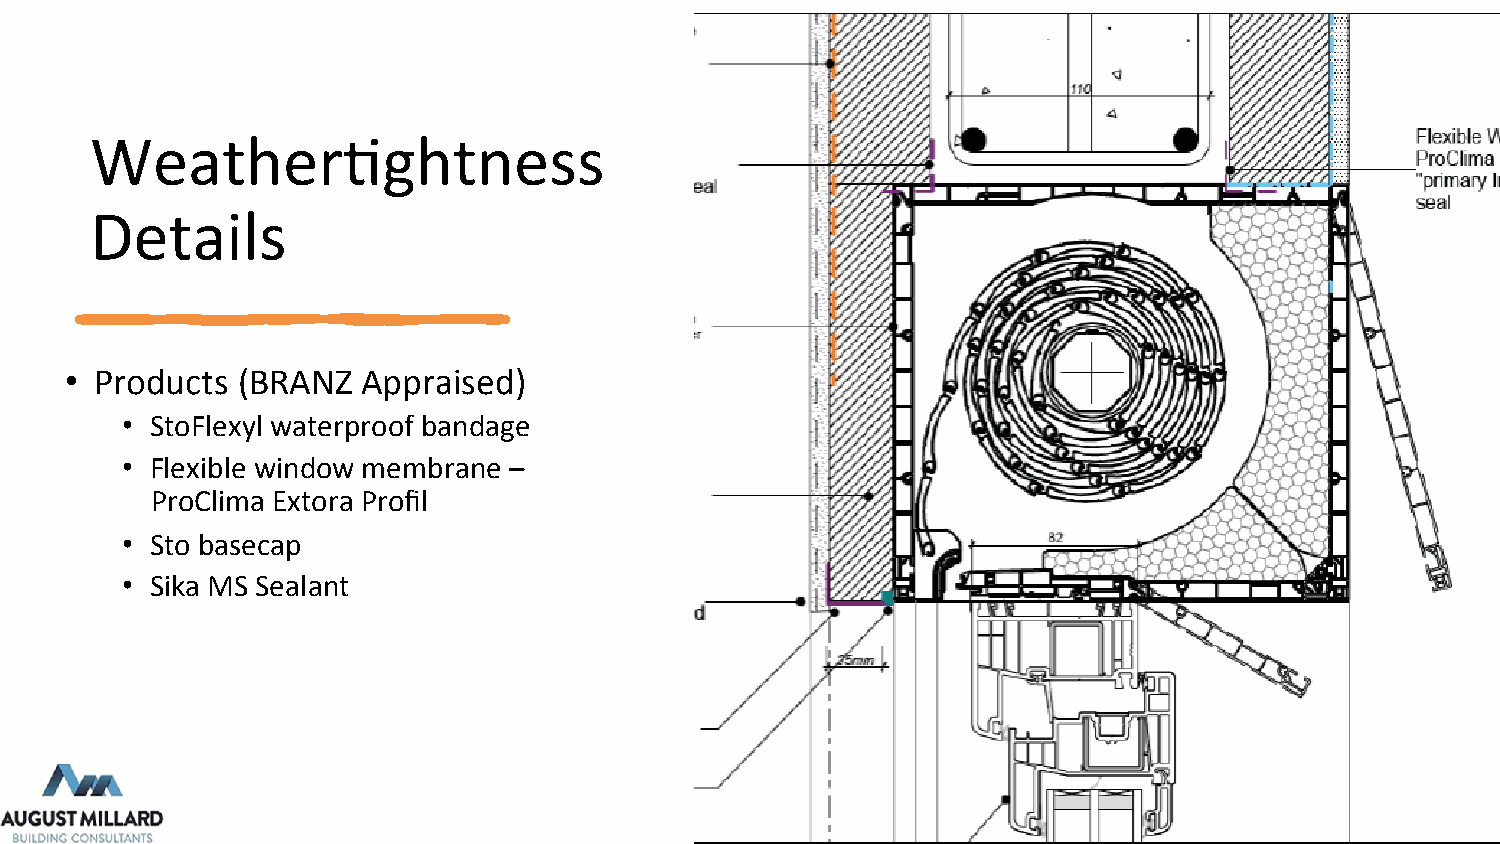
Weather4ghtness
 Details
 • Products  (BRANZ  Appraised)
 • StoFlexyl waterproof bandage
 • Flexible window membrane –
 ProClima Extora Profil
 • Sto basecap
 • Sika MS Sealant